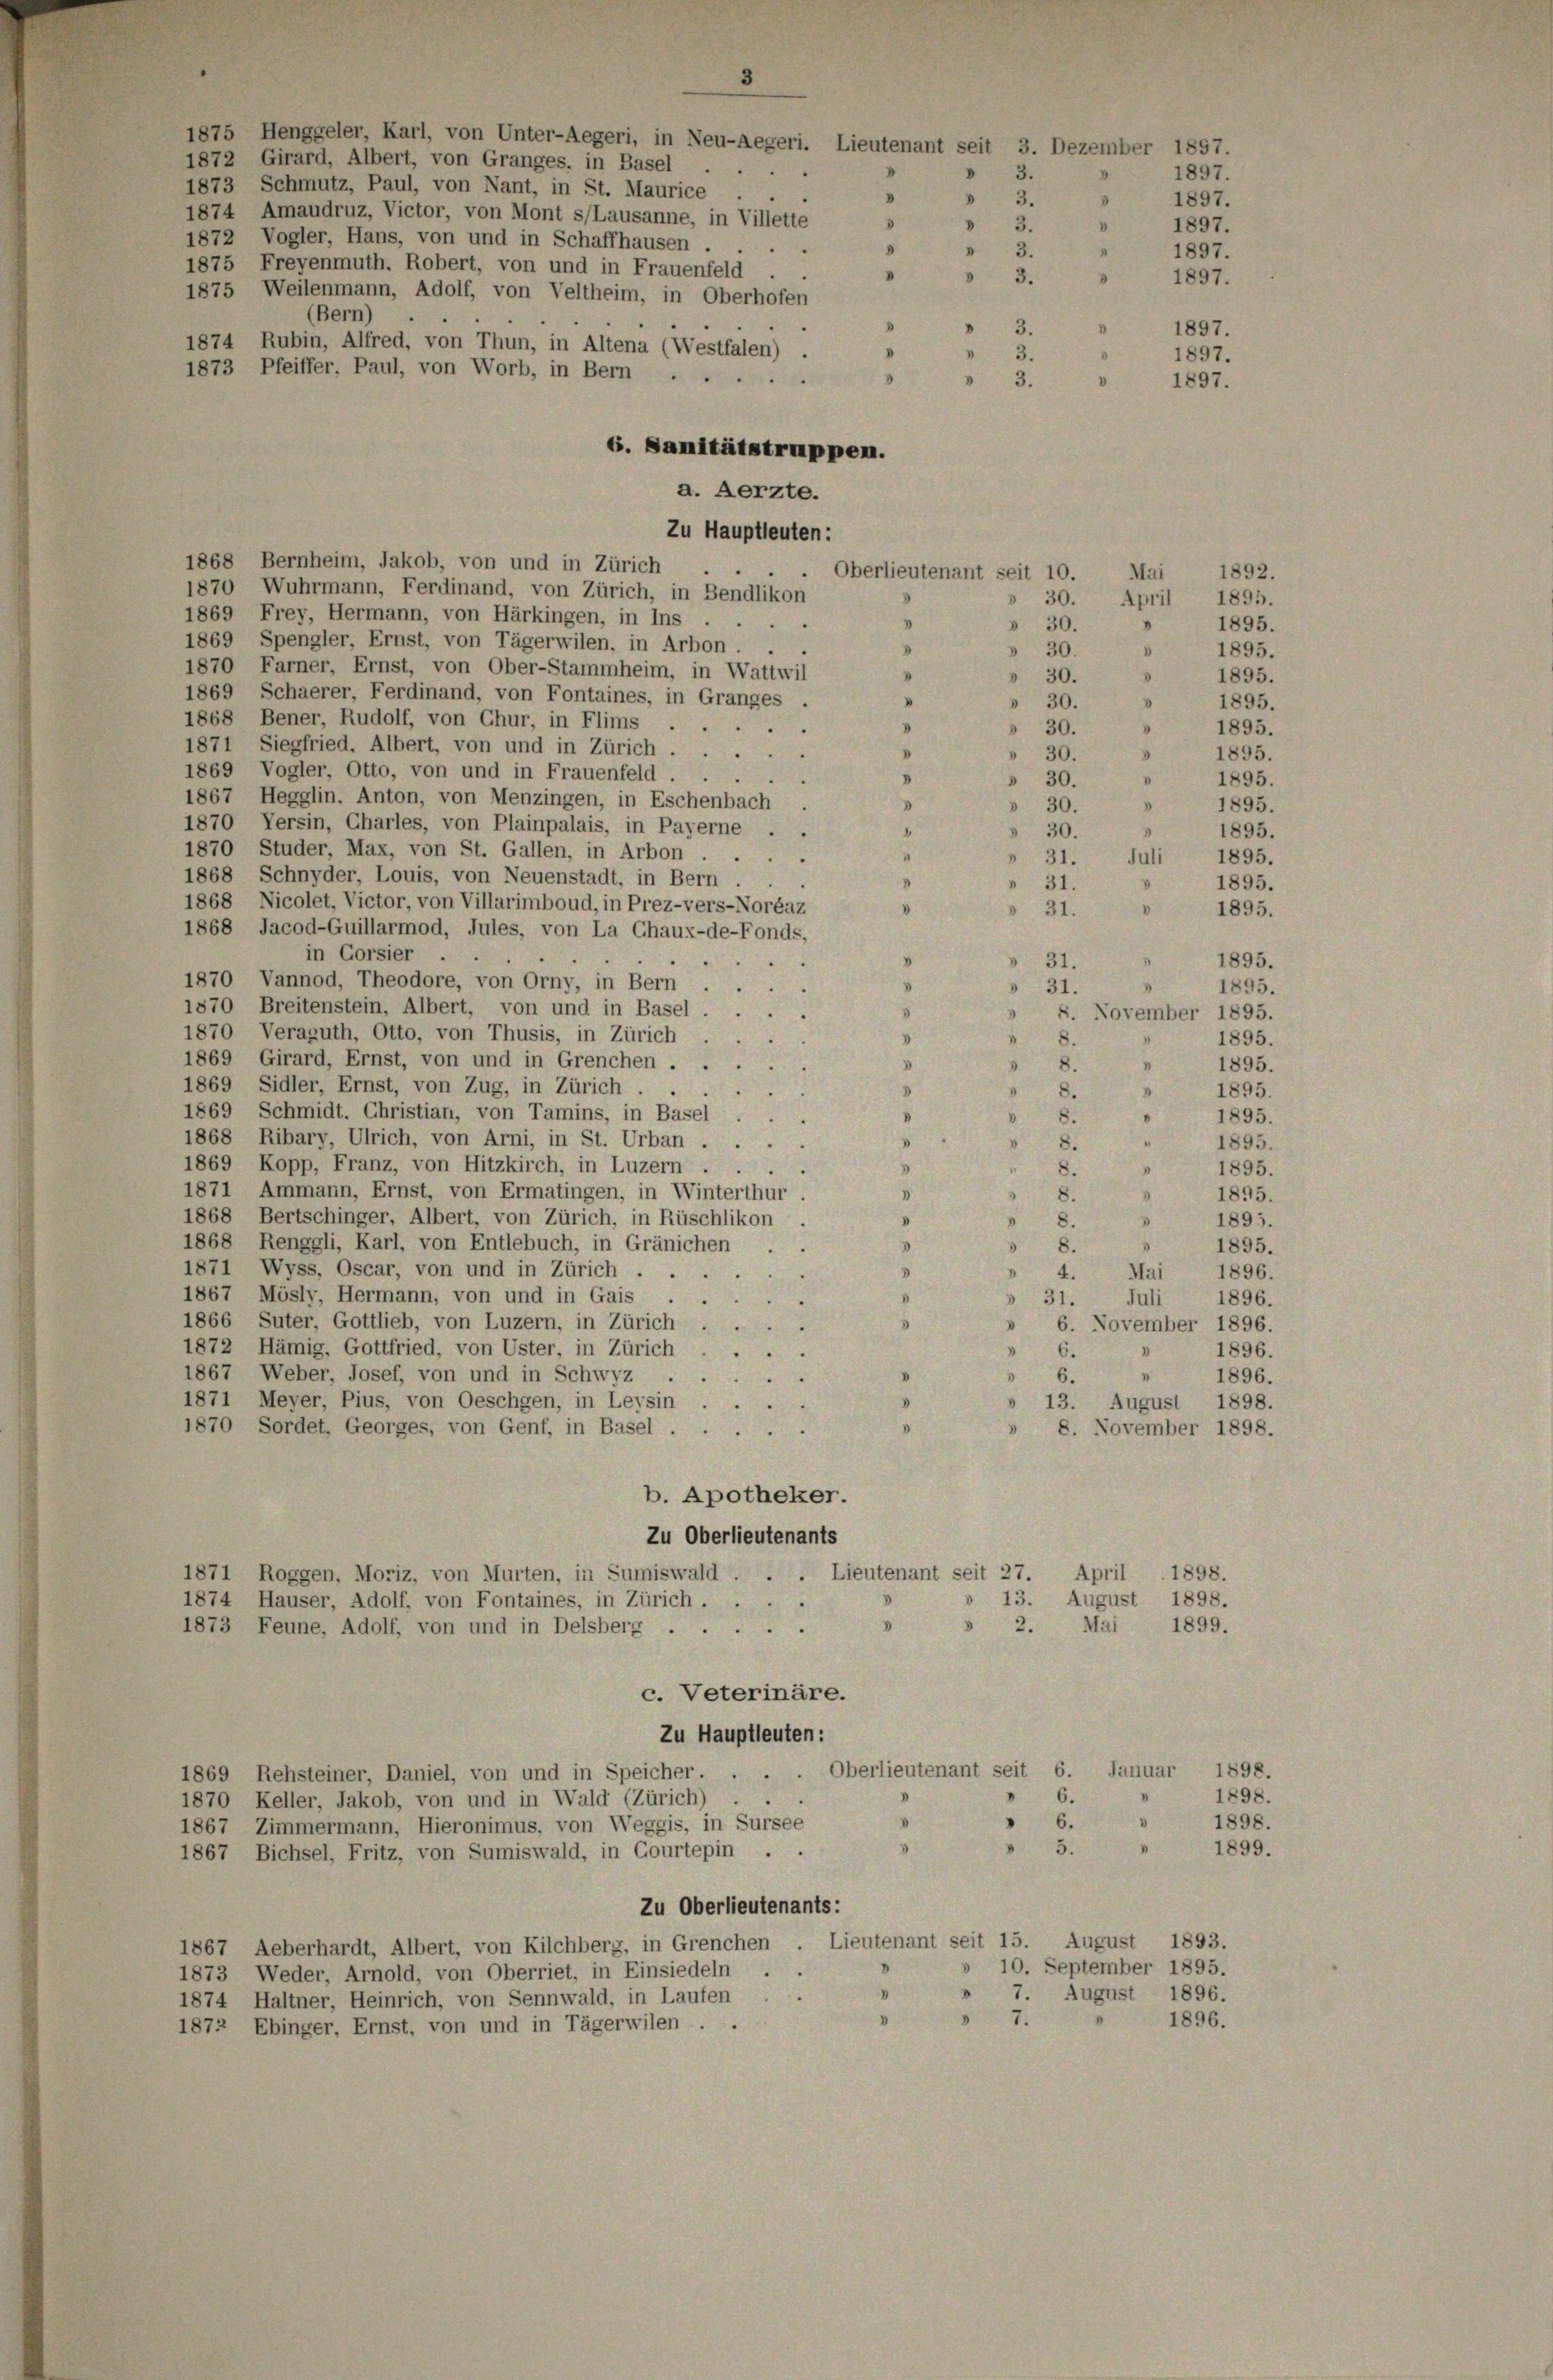
1875 Henggeler, Karl, von Unter-Aegeri, in Neu-Aegeri. Lieutenant seit 3. Dezember 1857.
1872 Girard, Albert, von Granges, in Basel
1873 Schmutz, Paul, von Nant, in St. Maurice .
1874 Amaudruz, Victor, von Mont s/Lausanne, in Villette
1872 Vogler, Hans, von und in Schaffhausen.
1875 Freyenmuth. Robert, von und in Frauenfeld
1875 Weilenmann, Adolf, von Veltheim, in Oberhöfen
(Bern)
1874 Rubin, Alfred, von Thun, in Altena (Westfalen) .
1873 Pfeiffer, Paul, von Worb, in Bern

6. Sanitätstruppen.
a. Aerzte.
Zu Hauptleuten:
1868 Bernheim, Jakob, von und in Zürich
Oberlieutenant seit 10.
1870 Wuhrmann, Ferdinand, von Zürich, in Bendlikon
1869 Frey, Hermann, von Härkingen, in Ins
"
» 30.
1869 Spengler, Ernst, von Tägerwilen, in Arbon . . .
» 30.
d
1870 Farner, Ernst, von Ober-Stammheim, in Wattwil
I
 30.
1869 Schaerer, Ferdinand, von Fontaines, in Granges
"
 30.
1868 Bener, Rudolf, von Chur, in Flims ..
d
 30.
1871 Siegfried, Albert, von und in Zürich
 30.
.
1869 Vogler, Otto, von und in Frauenfeld
"
.
 30.
1867 Hegglin. Anton, von Menzingen, in Eschenbach.
"
» 30.
1870 Versin, Charles, von Plainpalais, in Payerne . .
6
30.
1870 Studer, Max, von St. Gallen, in Arbon ....
"
 31.
1868 Schnyder, Louis, von Neuenstadt, in Bern.
"
 31.
5
1868 Nicolet, Victor, von Villarimboud, in Prez-vers-Noréaz
 31.
"
1868 Jacod-Guillarmod, Jules, von La Chaux-de-Fonds,
d
in Corsier .
V
» 31.

1870 Vannod, Theodore, von Orny, in Bern
.
 31.
1870 Breitenstein, Albert, von und in Basel.
8
1870 Veraguth, Otto, von Thusis, in Zürich
8
8.
1869 Girard, Ernst, von und in Grenchen ...
V
» 8.
1869 Sidler, Ernst, von Zug, in Zürich.
8
 8.
1869 Schmidt. Christian, von Tamins, in Basel
V
 8.
1868 Ribary, Ulrich, von Arni, in St. Urban . .
.
8. "
1869 Kopp, Franz, von Hitzkirch, in Luzern.
.
.
3
1871 Ammann, Ernst, von Ermatingen, in Winterthur
1
1868 Bertschinger, Albert, von Zürich, in Rüschlikon
 8.
d
1868 Renggli, Karl, von Entlebuch, in Gränichen . .
3
 8.
1871 Wyss, Oscar, von und in Zürich.
"
d
1867 Mösly, Hermann, von und in Gais
8
» 31. Juli
e
1866 Suter, Gottlieb, von Luzern, in Zürich.
3
3
1872 Hämig, Gottfried, von Uster, in Zürich
" 6.
5
1867 Weber, Josef, von und in Schwyz .
V
" 6.

1871 Meyer, Pius, von Oeschgen, in Leysin
1870 Sordet, Georges, von Genf, in Basel.
"

b. Apotheker.
Zu Oberlieutenants
1871 Roggen, Moriz, von Murten, in Sumiswald . . . Lieutenant seit 27. April 1898.
 13. August 1898.
1874 Hauser, Adolf, von Fontaines, in Zürich.
» 2. Mai 1899.
1873 Feune, Adolf, von und in Delsberg
c. Veterinäre.
Zu Hauptleuten:
Oberlieutenant seit 6. Januar 1898.
1869 Rehsteiner, Daniel, von und in Speicher. ..
1898.
" 6.
1870 Keller, Jakob, von und in Wald (Zürich)
I
" 6.
d
1898.
1867, Zimmermann, Hieronimus, von Weggis, in Sursee
3
3. "
1899.
1867 Bichsel, Fritz, von Sumiswald, in Courtepin . .
Zu Oberlieutenants:
1867 Aeberhardt, Albert, von Kilchberg, in Grenchen Lieutenant seit 15. August 1893.
10. September 1895.
1873 Weder, Arnold, von Oberriet, in Einsiedeln
» 7. August 1896.
1874 Haltner, Heinrich, von Sennwald, in Laufen
» " 7. " 1896.
1872 Ebinger, Ernst, von und in Tägerwilen . .

3

3.
1897.
0
0
3.
1897.
 3.
5
" 1897.
8
 3.
4
1897.
"
"
3. " 1897.
 3.
1897.
.
3.
1897.
V
 3.
1897.

"

1892.
Mai
» 30. April 1895.
1895.
1895.
0
1895.
.
1895.
"
1895.
1895.
d
 1895.
1895.
d
1895.
8
Juli 1895.
1895.
1895.
1895.
1895.
» 8. November 1895.
1895.
4
V
1895.
1895.
1895.
"
1895.
1895.
1895.
d
8
1895.
3
1895.
» 4. Mai 1896.
1896.
» 6. November 1896.
1896.
.
1896.
» 13. August 1898.
8. November 1898.